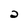
Character: 2